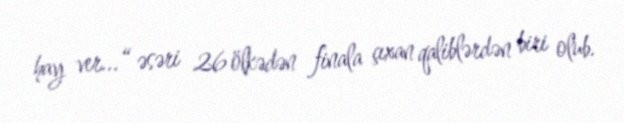
hay ver...“ əsəri 26 ölkədən finala çıxan qaliblərdən biri olub.